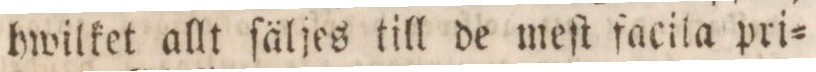
hwilket allt ſäljes till de meſt facila pri=